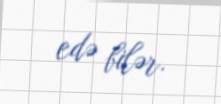
edə bilər.